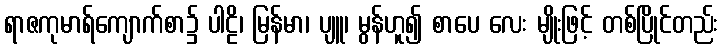
ရာဇကုမာရ်ကျောက်စာ၌ ပါဠိ၊ မြန်မာ၊ ပျူ၊ မွန်ဟူ၍ စာပေ လေး မျိုးဖြင့် တစ်ပြိုင်တည်း